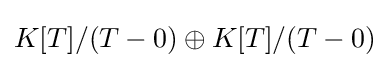
K[T]/(T-0)\oplus K[T]/(T-0)